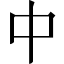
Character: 中